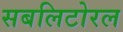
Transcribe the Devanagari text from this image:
सबलिटोरल